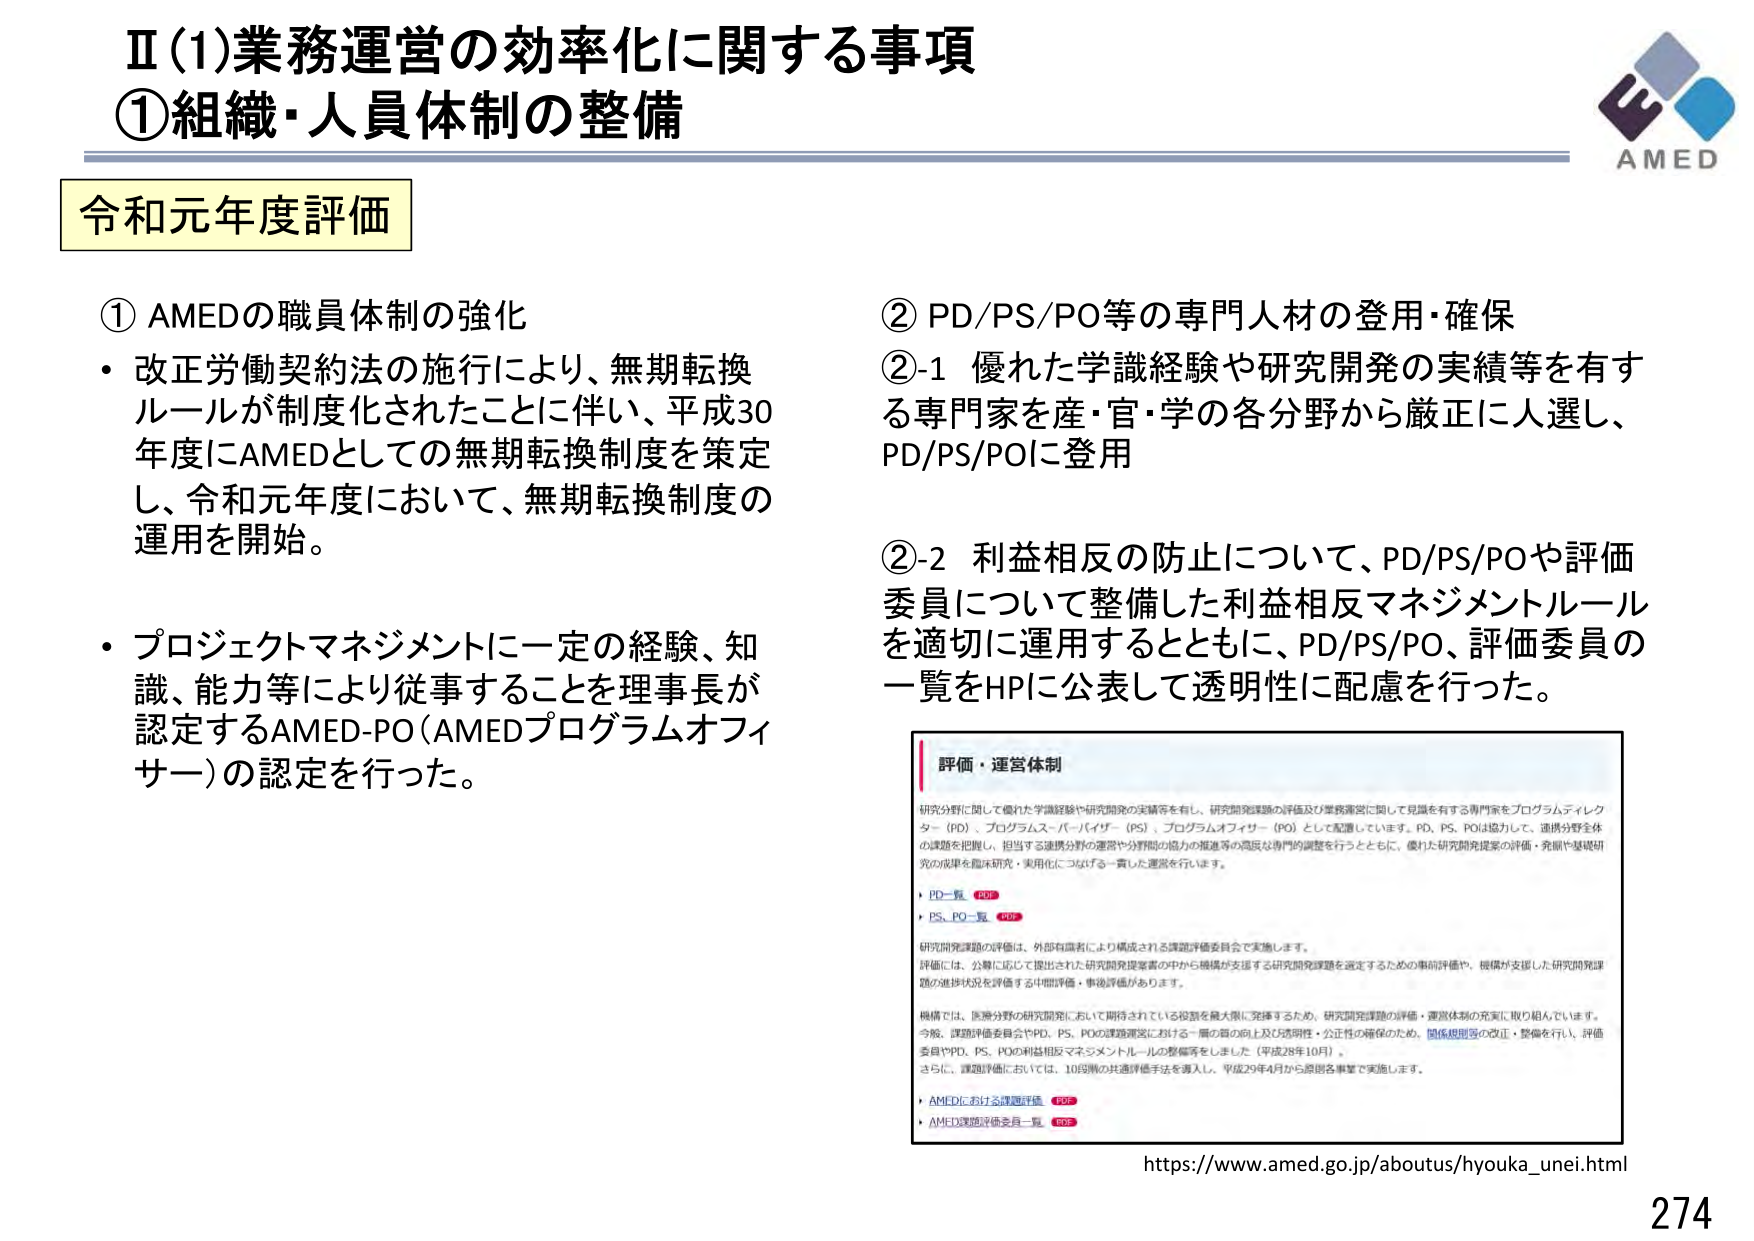
Ⅱ(1)業務運営の効率化に関する事項
①組織・人員体制の整備

令和元年度評価

① AMEDの職員体制の強化
・改正労働契約法の施行により、無期転換ルールが制度化されたことに伴い、平成30年度にAMEDとしての無期転換制度を策定し、令和元年度において、無期転換制度の運用を開始。
・プロジェクトマネジメントに一定の経験、知識、能力等により従事することを理事長が認定するAMED-PO（AMEDプログラムオフィサー）の認定を行った。

② PD/PS/PO等の専門人材の登用・確保
②-1 優れた学識経験や研究開発の実績等を有する専門家を産・官・学の各分野から厳正に人選し、PD/PS/POに登用
②-2 利益相反の防止について、PD/PS/POや評価委員について整備した利益相反マネジメントルールを適切に運用するとともに、PD/PS/PO、評価委員の一覧をHPに公表して透明性に配慮を行った。

評価・運営体制
研究分野に関して優れた学識経験や研究開発の実績等を有し、研究開発課題の評価及び業務運営に関して見識を有する専門家をプログラムディレクター（PD）、プログラムスーパーバイザー（PS）、プログラムオフィサー（PO）として配置しています。PD、PS、POは協力して、連携分野全体の課題を把握し、担当する連携分野の運営や分野間の協力の推進等の適度な専門的調整を行うとともに、優れた研究開発提案の評価・発掘や基礎研究の成果を臨床研究・実用化につなげる一貫した運営を行います。
・PD一覧 PDF
・PS、PO一覧 PDF
研究開発課題の評価は、外部有識者により構成される課題評価委員会で実施します。
評価には、公募に応じて提出された研究開発提案書の中から機構が支援する研究開発課題を選定するための事前評価や、機構が支援した研究開発課題の進捗状況を評価する中間評価・事後評価があります。
機構では、連携分野の研究開発において期待されている役割を最大限に発揮するため、研究開発課題の評価・運営体制の充実に取り組んでいます。
今般、課題評価委員会やPD、PS、POの課題運営における一層の質の向上及び透明性・公正性の確保のため、関係規則等の改正・整備を行い、評価委員やPD、PS、POの利益相反マネジメントルールの整備等をしました（平成28年10月）。
さらに、課題評価においては、10段階の共通評価手法を導入し、平成29年4月から原則各事業で実施します。
・AMEDにおける課題評価 PDF
・AMED課題評価委員一覧 PDF

https://www.amed.go.jp/aboutus/hyouka_unei.html
274
AMED